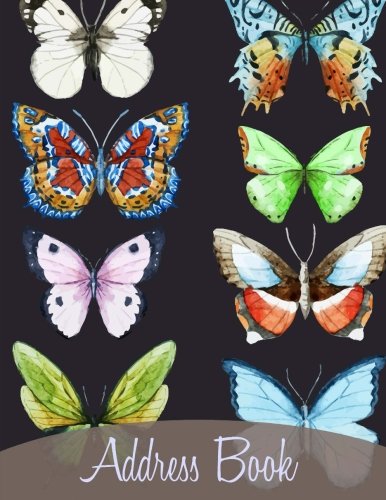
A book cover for Address Book (Big Print, Extra Large, Paperback Address Books ) (Volume 96); Creative Planners; Business & Money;